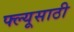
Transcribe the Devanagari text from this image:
फ्ल्यूसाठी